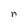
Character: n